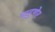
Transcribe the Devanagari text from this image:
पाहुणेर